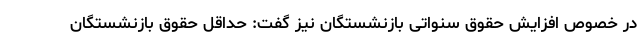
در خصوص افزایش حقوق سنواتی بازنشستگان نیز گفت: حداقل حقوق بازنشستگان